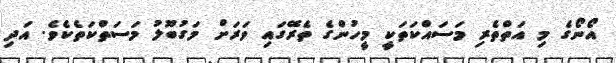
އޯނޯގެ މި އަތްތެރި މަސައްކަތަކީ މީހުންގެ ތެރޭގައި ވަރަށް މަގުބޫލު މަސަތްކަތެކެވެ. އަދި